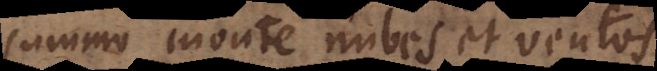
summo monte nubes et ventos